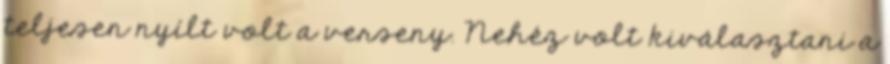
teljesen nyílt volt a verseny. Nehéz volt kiválasztani a